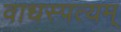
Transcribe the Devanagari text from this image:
वाधस्पत्यम्